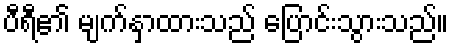
ပီရီ၏ မျက်နှာထားသည် ပြောင်းသွားသည်။